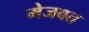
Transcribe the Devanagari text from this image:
मेजवत